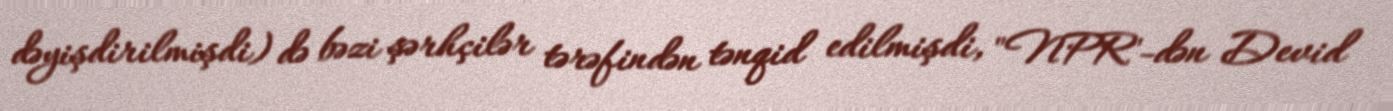
dəyişdirilmişdi) də bəzi şərhçilər tərəfindən tənqid edilmişdi, "NPR"-dən Devid